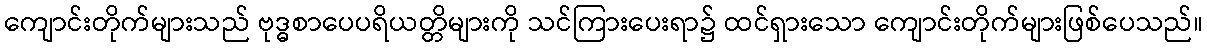
ကျောင်းတိုက်များသည် ဗုဒ္ဓစာပေပရိယတ္တိများကို သင်ကြားပေးရာ၌ ထင်ရှားသော ကျောင်းတိုက်များဖြစ်ပေသည်။